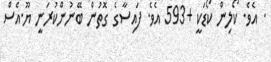
. އެވެ. ކޯލިން ކޯޑަކީ +593 އެވެ. ފައިސާގެ ގޮތުން ބޭނުންކުރަނީ ޔޫ.އެސް